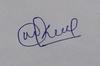
Signature authenticity: genuine